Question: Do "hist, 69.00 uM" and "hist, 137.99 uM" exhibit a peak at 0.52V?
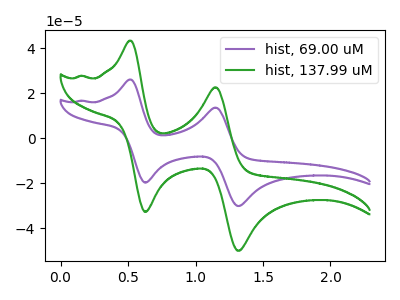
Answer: <think>The purple curve "hist, 69.00 uM" has anodic peaks at (0.50V, 26.10uA) (1.15V, 13.65uA) and cathodic peaks at (0.65V, -19.65uA) (1.30V, -30.00uA). The green curve "hist, 137.99 uM" has anodic peaks at (0.50V, 43.35uA) (1.15V, 22.65uA) and cathodic peaks at (0.65V, -32.65uA) (1.30V, -49.90uA).</think>
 <answer>No, "hist, 69.00 uM" and "hist, 137.99 uM" dont share a peak at 0.52V.</answer>
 <eval>mismatch</eval>